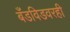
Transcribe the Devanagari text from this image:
बँडविडवरही